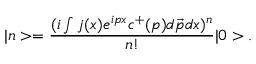
| n > = \frac { ( i \int j ( x ) e ^ { i p x } c ^ { + } ( p ) d \vec { p } d x ) ^ { n } } { n ! } | 0 > .